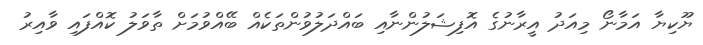
ޔޫކިޔާ އަމާނޯ މިއަދު އީރާނުގެ އޮފިޝަލުންނާއި ބައްދަލުވުންތަކެއް ބޭއްވުމަށް ތާވަލު ކޮއްފައި ވާއިރު